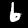
Digit: 6